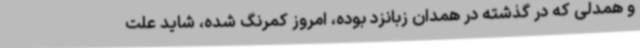
و همدلی که در گذشته در همدان زبانزد بوده، امروز کمرنگ شده، شاید علت